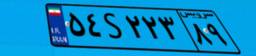
۲۰S۳۷۴۳۱